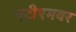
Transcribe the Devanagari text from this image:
एटीएमवर